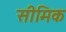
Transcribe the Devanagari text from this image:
सीमिक